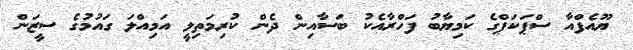
ޔޫއެފްއާ ސްޕަކަޕްގެ ކަމިޔާބު ފަހްރާއެކު ބަސާއިން ދެން ކުރިމަތިލީ އަމިއްލަ ގައުމުގެ ސީޒަން